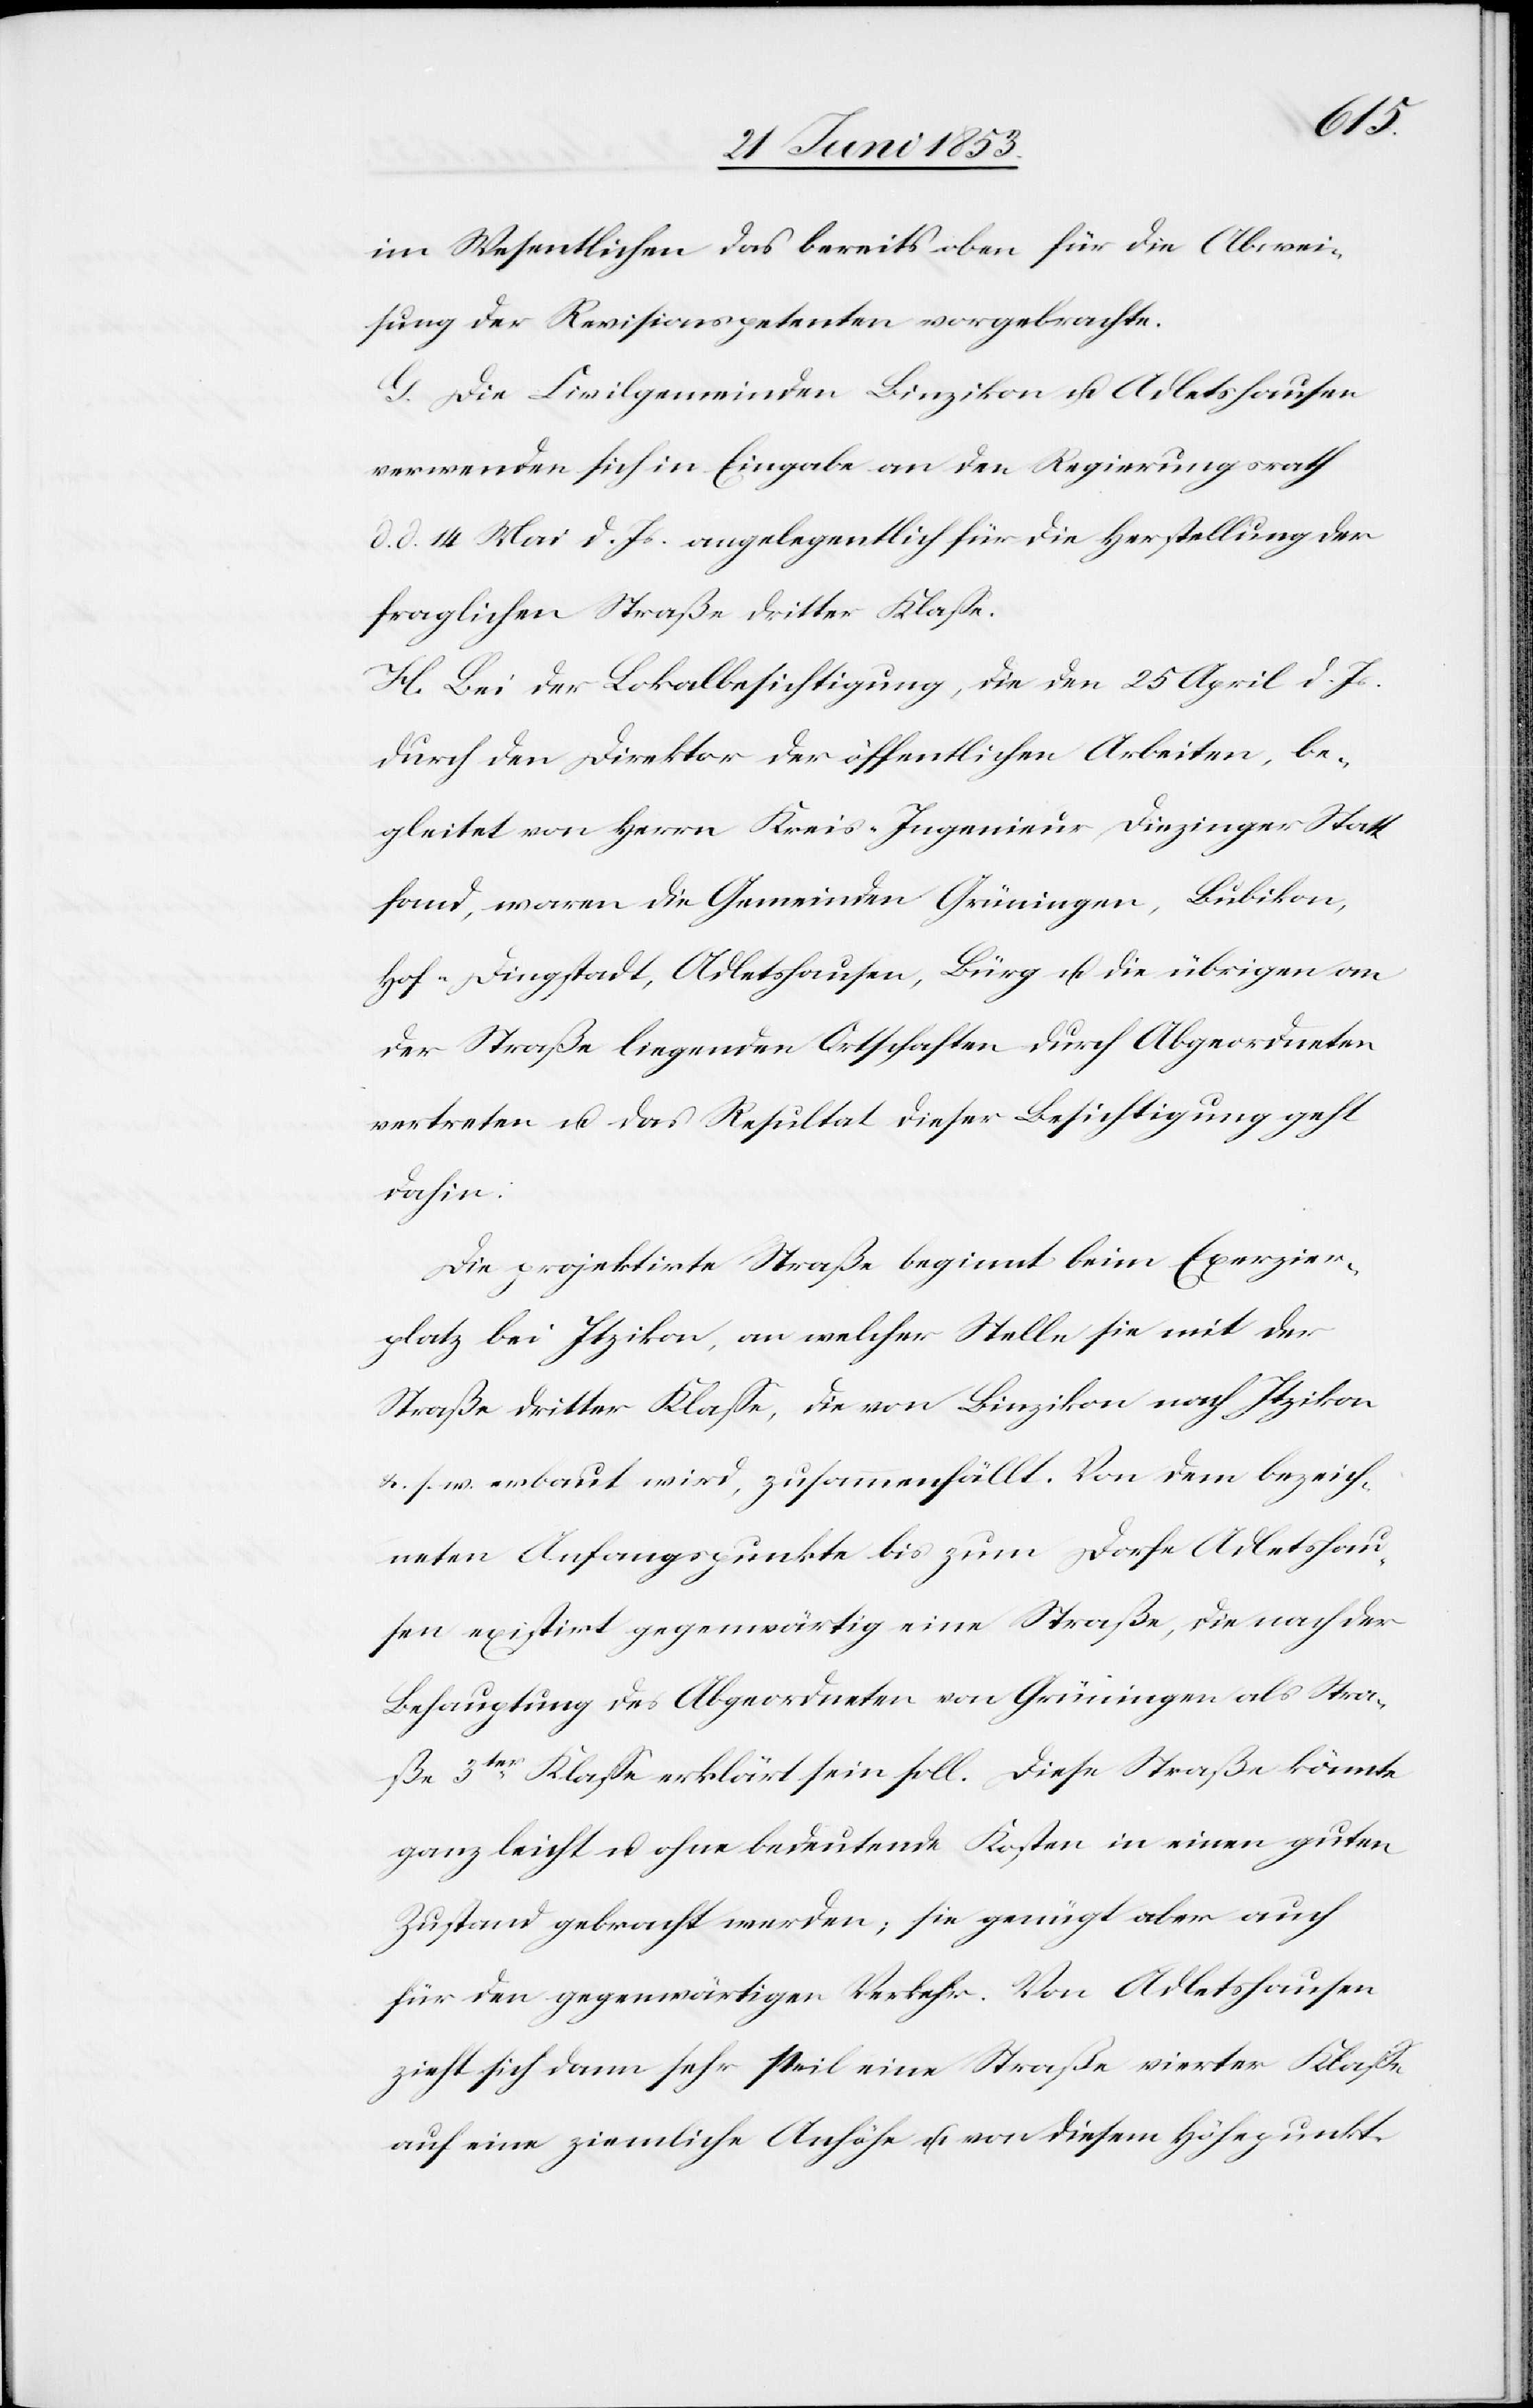
im Wesentlichen das bereits oben für die Abwei¬
sung der Revisionspetenten vorgebrachte.
G. Die Civilgemeinde Binzikon u. Adletshausen
verwenden sich in Eingabe an den Regierungsrath
d. 14 Mai d. Js. angelegentlich für die Herstellung der
fraglichen Straße dritter Klaße.
H. Bei der Lokalbesichtigung, die den 25 April d. Js.
durch den Direktor der öffentlichen Arbeiten, be¬
gleitet von Herrn Kreis-Ingenieur Diezinger Statt
fand, waren die Gemeinden Grüningen, Bubikon,
Hof-Dingstadt, Adletshausen, Bürg u. die übrigen an
der Straße liegenden Ortschaften durch Abgeordneten
vertreten u. das Resultat dieser Besichtigung geht
dahin:
Die projektirte Straße beginnt beim Exerzier¬
platz bei Itzikon, an welcher Stelle sie mit der
Straße dritter Klaße, die von Binzikon nach Itzikon
u. s. w. erbaut wird, zusammenfällt. Von dem bezeich¬
neten Anfangspunkte bis zum Dorfe Adletshau¬
sen existirt gegenwärtig eine Straße, die nach der
Behauptung des Abgeordneten von Grüningen als Stra¬
ße 3ter. Klaße erklärt sein soll. Diese Straße könnte
ganz leicht u. ohne bedeutende Kosten in einen guten
Zustand gebracht werden, sie genügt aber auch
für den gegenwärtigen Verkehr. Von Adletshausen
zieht sich dann sehr steil eine Straße vierter Klaße
auf eine ziemliche Anhöhe u. von diesem Höhepunkt